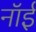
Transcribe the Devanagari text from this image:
नॉई